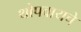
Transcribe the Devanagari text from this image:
थोपवायचे